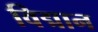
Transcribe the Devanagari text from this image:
विद्मान